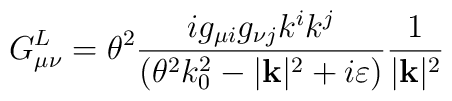
G^{L}_{\mu \nu }=\theta ^{2}\frac{ig_{\mu i}g_{\nu j}k^{i}k^{j}}{(\theta ^{2}k^{2}_{0}-|\mathbf{k}|^{2}+i\varepsilon )}\frac{1}{|\mathbf{k}|^{2}}